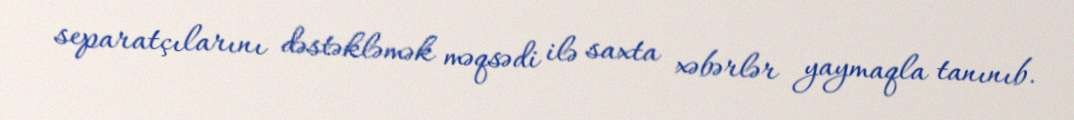
separatçılarını dəstəkləmək məqsədi ilə saxta xəbərlər yaymaqla tanınıb.